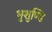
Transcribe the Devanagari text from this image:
भुशुण्डि